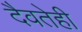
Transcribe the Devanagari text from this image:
दैवतेही